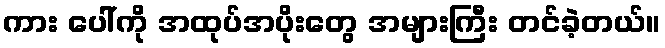
ကား ပေါ်ကို အထုပ်အပိုးတွေ အများကြီး တင်ခဲ့တယ်။